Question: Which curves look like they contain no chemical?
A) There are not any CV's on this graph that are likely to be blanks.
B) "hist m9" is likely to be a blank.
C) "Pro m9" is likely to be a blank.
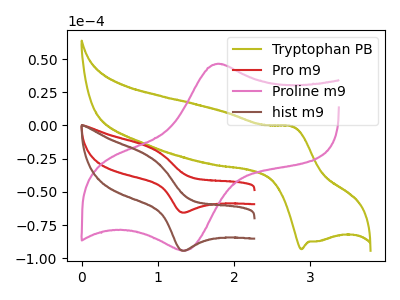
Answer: <think>The olive curve "Tryptophan PB" has an anodic peak at (2.80V, -0.95uA) and a cathodic peak at (2.90V, -93.10uA). The red curve "Pro m9" has an anodic peak at (0.85V, -15.15uA) and a cathodic peak at (1.35V, -65.60uA). The pink curve "Proline m9" has an anodic peak at (1.80V, 46.30uA) and a cathodic peak at (1.35V, -94.35uA). The brown curve "hist m9" has an anodic peak at (0.85V, -21.80uA) and a cathodic peak at (1.35V, -94.35uA).</think>
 <answer>A) There are not any CV's on this graph that are likely to be blanks.</answer>
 <eval>A</eval>